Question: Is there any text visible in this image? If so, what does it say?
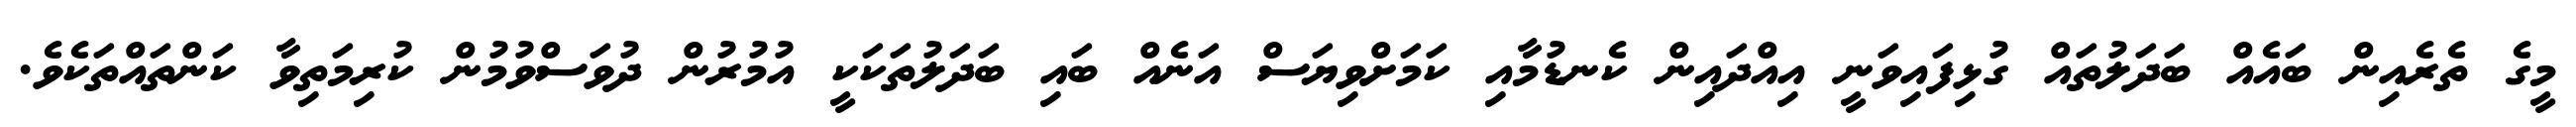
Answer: މީގެ ތެރެއިން ބައެއް ބަދަލުތައް ގުޅިފައިވަނީ އިއްދައިން ކެނޑުމާއި ކަމަށްވިޔަސް އަނެއް ބައި ބަދަލުތަކަކީ އުމުރުން ދުވަސްވުމުން ކުރިމަތިވާ ކަންތައްތަކެވެ.